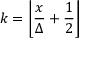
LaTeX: k = \left\lfloor { \frac { x } { \Delta } } + { \frac { 1 } { 2 } } \right\rfloor